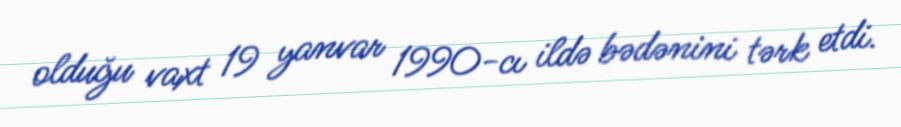
olduğu vaxt 19 yanvar 1990-cı ildə bədənini tərk etdi.